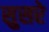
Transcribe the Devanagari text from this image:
सुसरे